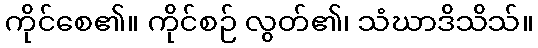
ကိုင်စေ၏။ ကိုင်စဉ် လွတ်၏၊ သံဃာဒိသိသ်။